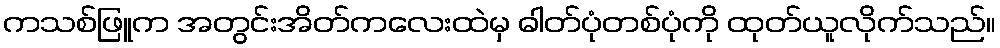
ကသစ်ဖြူက အတွင်းအိတ်ကလေးထဲမှ ဓါတ်ပုံတစ်ပုံကို ထုတ်ယူလိုက်သည်။